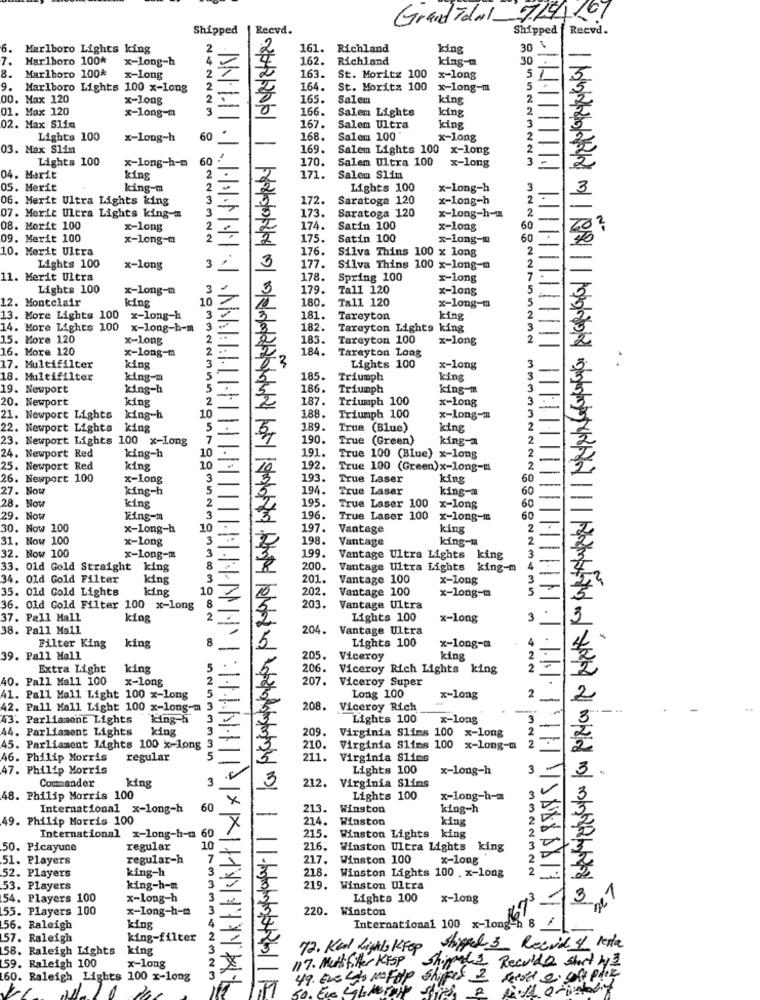
Grandidal
7/91.
Shipped
Recyd.
Shipped f Recvd.
001818
6.
Marlboro Lights king
161. Richland
king
30
7.
Marlboro 100*
x-long-h
162.
Richland
king-
30
-
8.
163.
5
Marlboro 100*
x-Long
St. Moritz 100
x-long
9.
Marlboro Lights 100 x-long
164.
St. Moritz 100
x-long-m
5
00. Max 120
x-long
2 .
-
165.
Salem
king
2.
01. Max 120
x-long-m
166.
Salem Lights
king
2
242223
3
02. Max Slia
.
167. Salem Ultra
king
Lights 100
x-Long-h
60
-
168.
Salem 100
x-long
03. Max Slim
169.
Salem Lights 100 x-long
Lights 100
x-long-h-m
60
170.
Salem Ultra 100
2
x-long
04. Marit
king
171.
Salem Slim
05. Merit
king-m
2
Lights 100
x-long-h
3
3
06. Merit Ultra Lights king
3
172.
Saratoga 120
x-long-h
2-
3
173.
Saratoga 120
2
07. Merit Ultra Lights king -=
x-long-h-
08. Merit 100
x-long
2
174.
Satin 100
x-long
60
09. Merit 100
x-long-m
2
2
175.
Satin 100
x-long-4
60
10. Merit Ultra
176.
Silva Thins 100 x long
2
2
Lights 100
x-long
3
3
177.
Silva Thins 100 x-long-m
11. Merit Ultra
178.
Spring 100
x-long
Lights 100
x-long-m
3
179.
Tall 120
x-long
5
12. Montclair
king
10
180.
Tall 120
5
-
x-long-m
13. More Lights 100
x-long-h
3 V
181. Tareyton
king
14. More Lights 100
x-long-h-m 3 +
182. Tareyton Lights king
15. More 120
x-long
183.
Tareyton 100
x-long
16. More 120
x-long-m
2.
184. Tareyton Long
3
23
17. Multifilter
king
Lights 100
x-long
18. Multifilter
king-m
5"
185.
Triumph
king
19. Newport
king-h
5
186.
Triumph
king-m
20. Newport
king
2
-
2
187
Triumph 100
x-long
3
10
188.
3
21. Newport Lights
king-h
Triumph 100
x-long-m
22. Newport Lights king
5 .
189.
True (Blue)
king
2
23. Newport Lights 100 x-Long
7
-
190.
True (Green)
king-a
2
king-h
191.
2
24. Newport Red
10 .
True 100 (Blue) x-long
25. Newport Red
king
10
10
192.
True 100 (Green)x-long-m
2
26. Newport 100
x-long
3
3
193.
True Laser
king
60
27. Now
king-h
5
194.
True Laser
king-a
60
king
2
195.
60
28. Now
True Laser 100 x-long
29. Now
Fing-m
3
3
196.
True Laser 100
x-long-ic
50
30. Now 100
x-Long-h
10
197.
Vantage
king
2
31. Now 100
x-long
3
198.
Vantage
king-m
2
3
32. Now 100
x-Long-m
199.
Vantage Ultra Lights king
33. Old Gold Straight king
8 .
200.
Vantage Ultra Lights king-m
34. Old Gold Filter
king
3
201.
Vantage 100
x-long
35. Old Gold Lights
king
10
202.
Vantage 100
x-long-m
non
36. Old Gold Filter 100 x-long
8
203.
Vantage Ultra
37. Pall Mall
king
2
Lights 100
x-long
3
38. Pall Mall
204.
Vantage Ultra
8
Lights 100
4
Filter King
king
-
x-long-a
39. Pall Mall
205.
Viceroy
king
Extra Light
king
206.
Viceroy Rich Lights king
2.
INN
40. Pall Mall 100
x-Long
207. Viceroy Super
41. Pall Mall Light 100 x-long
Long 100
x-long
2
42. Pall Mall Light 100 x-long-m
208.
208. Viceroy Rich
43. Parliament Lights
king-h
Lights 100
x-long
44. Parliament Lights
king
209. Virginia Slims 100 x-long
209.
2
45. Parliament Lights 100 x-long
210. Virginia Slims 100 x-long-m
46. Philip Morris
regular
211.
Virginia Slins
47. Philip Morris
Lights 100
x-long-h
3.
Commander
3
212.
Virginia Slins
king
48. Philip Morris 100
Lights 100
x-long-h -=
International x-long-h
60
213.
Winston
king-h
49. Philip Morris 100
-
214.
214. Winston
king
215.
International x-long-h-m 60
Winston Lights
king
50. Picayune
regular
10
216.
Winston Ultra Lights king
51. Players
regular-h
7
217.
Winston 100
x-long
king-h
3
218. Winston Lights 100 . x-long
52. Players
3322322
53. Players
king-h-m
3
219. Winston Ultra
54. Players 100
x-long-h
Lights 100
x-long
3
55. Players 100
x-long-h-m
3
220. Winston
International 100
56. Raleigh
king
x-long-h 8 /
57. Raleigh
king-filter
2 1
58. Raleigh Lights
king
72. Kedd Lights Ktop
Shipped 3 Recride 4 lenta
2
117. Mattfitter KESP
shippeds Reculde short h3
59. Raleigh 100
x-long
60. Raleigh Lights 100 x-long
49. Eve Las NOFap
2